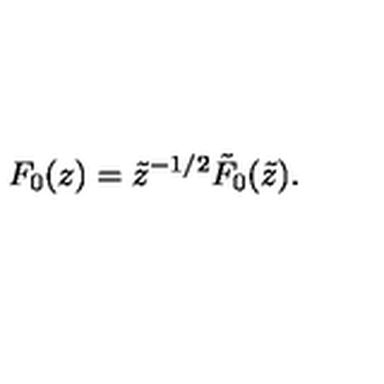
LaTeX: F _ { 0 } ( z ) = \tilde { z } ^ { - 1 / 2 } \tilde { F } _ { 0 } ( \tilde { z } ) .